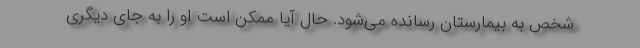
شخص به بیمارستان رسانده می‌شود. حال آیا ممکن است او را به جای دیگری